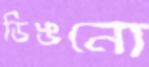
ডিঙনো